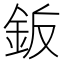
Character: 𬫋